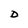
Character: D